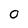
Character: 0